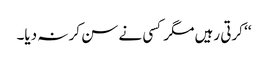
‘‘ کرتی رہیں مگر کسی نے سن کر نہ دیا۔